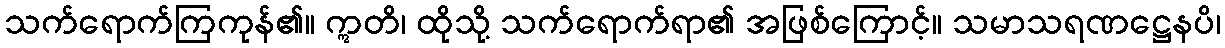
သက်ရောက်ကြကုန်၏။ ဣတိ၊ ထိုသို့ သက်ရောက်ရာ၏ အဖြစ်ကြောင့်။ သမာသရဏဋ္ဌေနပိ၊